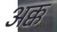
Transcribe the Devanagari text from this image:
अक्क